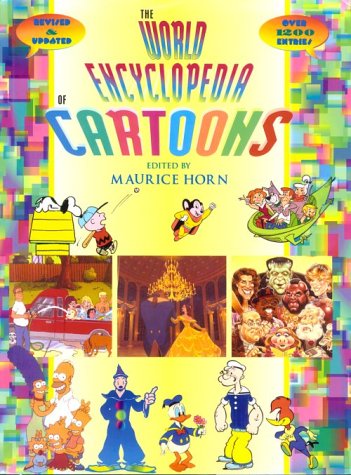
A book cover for The World Encyclopedia of Cartoons; Reference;